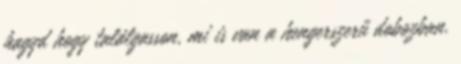
hagyd hogy találgasson, mi is van a hengerszerű dobozban.